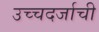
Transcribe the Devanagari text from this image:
उच्चदर्जाची